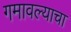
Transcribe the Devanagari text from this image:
गमावल्याचा